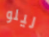
ليلو